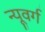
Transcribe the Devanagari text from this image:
न्यूवर्ग